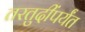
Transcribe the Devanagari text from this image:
तरतुदींपर्यंत